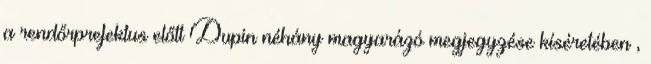
a rendőrprefektus előtt Dupin néhány magyarázó megjegyzése kíséretében ,